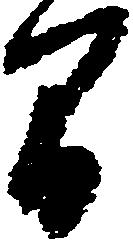
間